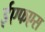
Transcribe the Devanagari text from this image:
ईएफएस